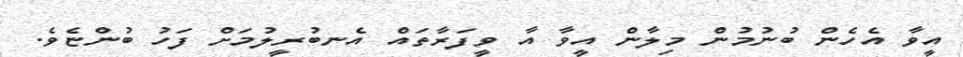
އީވާ އެހެން ބުނުމުން މިލާން އީވާ އާ ވީފަރާތައް އެނބުރީލުމަށް ފަހު ބުންޏެވެ.